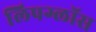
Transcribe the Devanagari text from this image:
लिपग्लॉस